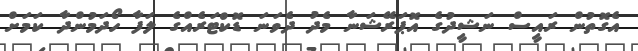
އެގޮތުން ރައީސް ނަޝީދުގެ އޮޕަރޭޝަނާ މެދު ދެވަނަ ޑޮކްޓަރެއްގެ ލަފާ ހޯދަމުންދާ ކަމަށް